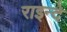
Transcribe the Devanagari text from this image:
राइन्दे